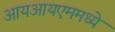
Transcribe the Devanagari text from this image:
आयआयएममध्ये